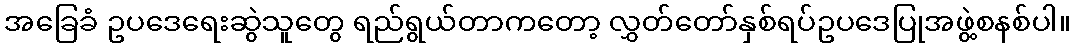
အခြေခံ ဥပဒေရေးဆွဲသူတွေ ရည်ရွယ်တာကတော့ လွှတ်တော်နှစ်ရပ်ဥပဒေပြုအဖွဲ့စနစ်ပါ။